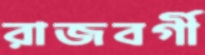
রাজবর্গী